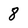
Character: 8